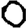
Digit: 0